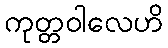
ကုတ္တဝါလေဟိ